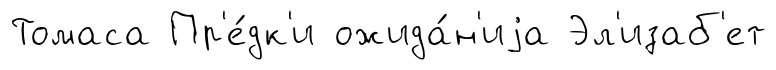
Томаса Пр'е́дк'и ожида́н'иjа Эл'изаб'ет